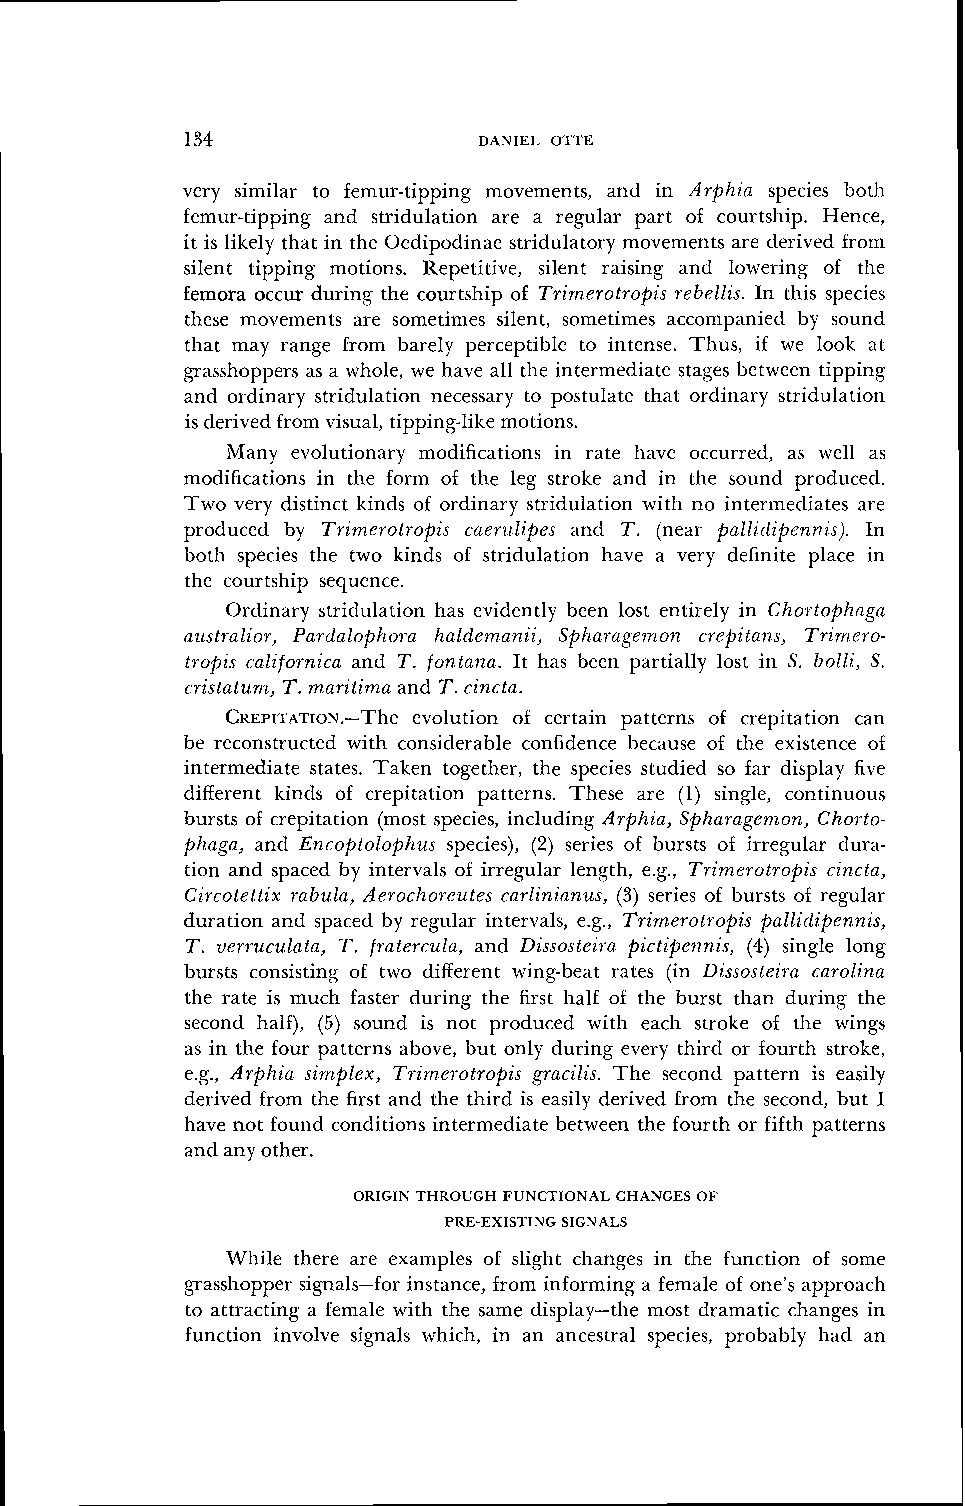
134                 DANIEL OTTE
 very similar to femur-tipping movements, and in Arphia species both
 femur-tipping and stridulation are a regular part of courtship. Hence,
 it is likely that in the Oedipodinae stridulatory movements are derived from
 silent tipping motions. Repetitive, silent raising and lowering of the
 femora occur during the courtship of Trimerotropis rebellis. In this species
 these movements are sometimes silent, sometinles accompanied by sound
 that may range from barely perceptible to intense. Thus, if we look at
 grasshoppers as a whole, we have all the intermediate stages between tipping
 and ordinary stridulation necessary to postulate that ordinary stridulation
 is derived from visual, tipping-like motions.
 Many evolutionary modifications in rate have occurred, as well as
 modifications in the form of the leg stroke and in the sound produced.
 Two very distinct kinds of ordinary stridulation with no intermediates are
 produced by Trimerotropis caerzrlipes and T. (near palliclipennis). In
 both species the two kinds of stridulation have a very definite place in
 the courtship sequence.
 Ordinary stridulation has evidently been lost entirely in Chortophaga
 australior, Pardalophora 1zaldernanii, Spharagernon crepitans, Trimero-
 tropis californica and T. fontana. It has been partially lost in S. bolli, S.
 cristatunz, T.m ,aritima and T.c incta.
 CREPITATION.-Thee volution of certain patterns of crepitation can
 be reconstructed with considerable confidence because of the existence of
 intermediate states. Taken together, the species studied so far display five
 difEerent kinds of crepitation patterns. These are (1) single, continuous
 bursts of crepitation (most species, including Arphia, Spharagen~.on,C horto-
 phaga, and Encoptolophz~ss pecies), (2) series of bursts of irregular dura-
 tion and spaced by intervals of irregular length, e.g., Trimerotropis cincta,
 Circotettix rabula, Aerochoreutes carlinianus, (3) series of bursts of regular
 duration and spaced by regular intervals, e.g., Trimerotropis pallidipennis,
 T. verruculata, T. fraterczrla, and Dissosteira pictipennis, (4) single long
 bursts consisting of two different wing-beat rates (in Dissostei~-ac arolina
 the rate is much faster during the first half of the burst than during the
 second half), (5) sound is not produced with each stroke of the wings
 as in the four patterns above, but only during every third or fourth stroke,
 e.g., Arphia simplex, Trirnerotropis gracilis. The second pattern is easily
 derived from the first and the third is easily derived from the second, but I
 have not found conditions intermediate between the fourth or fifth patterns
 and any other.
 ORIGIN THROUGH FUNCTIONAL CHANGES OF
 PRE-EXISTING SIGNALS
 While there are examples of slight changes in the function of some
 grasshopper signals-for instance, from informing a female of one's approach
 to attracting a female with the same display-the most dramatic changes in
 function involve signals which, in an ancestral species, probably had an